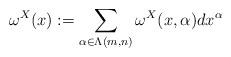
LaTeX: \begin{align*} \omega^X(x):=\sum_{\alpha\in \Lambda(m,n)} \omega^X(x,\alpha)dx^\alpha \end{align*}